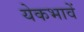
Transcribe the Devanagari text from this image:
येकभावें